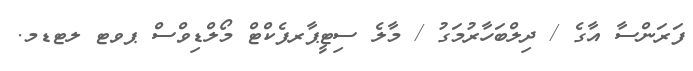
ފަރަންސާ އާގެ / ދިލްބަހާރުމަގު / މާލެ ސިޓީޕާރފެކްޓް މޯލްޑިވްސް ޕވޓ ލޓޑމ.